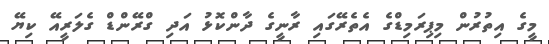
މީގެ އިތުރުން މިޕިރަމިޑްގެ އެތެރޭގައި ރާނީގެ ދާންކޮޅު އަދި ގްރޭންޑް ގެލަރީއޭ ކިޔޭ